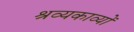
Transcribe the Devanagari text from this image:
श्रव्यकाव्यों